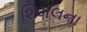
શિમલના